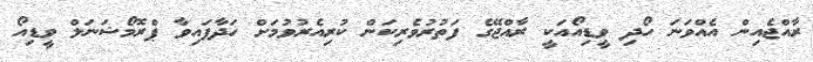
ރާއްޖެއިން އެއްވަނަ ހޯދި ވީޑިއޯއަކީ ރާއްޖޭގެ ފަތުރުވެރިކަން ކުރިއެރުވުމަށް ހަދާފައިވާ ޕްރޮމޯޝަނަލް ވީޑިއޯ